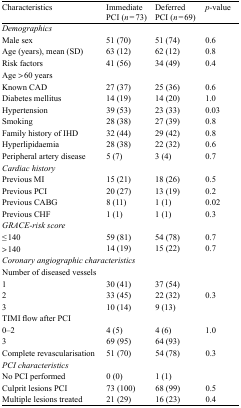
<table><thead><tr><td><b>Characteristics</b></td><td><b>Immediate PCI (<i>n</i> = 73)</b></td><td><b>Deferred PCI (<i>n</i> = 69)</b></td><td><b><i>p-</i> value</b></td></tr></thead><tbody><tr><td colspan="4"><i>Demographics</i></td></tr><tr><td>Male sex</td><td>51 (70)</td><td>51 (74)</td><td>0.6</td></tr><tr><td>Age (years), mean (SD)</td><td>63 (12)</td><td>62 (12)</td><td>0.8</td></tr><tr><td>Risk factors</td><td>41 (56)</td><td>34 (49)</td><td>0.4</td></tr><tr><td colspan="4">Age &gt; 60 years</td></tr><tr><td>Known CAD</td><td>27 (37)</td><td>25 (36)</td><td>0.6</td></tr><tr><td>Diabetes mellitus</td><td>14 (19)</td><td>14 (20)</td><td>1.0</td></tr><tr><td>Hypertension</td><td>39 (53)</td><td>23 (33)</td><td>0.03</td></tr><tr><td>Smoking</td><td>28 (38)</td><td>27 (39)</td><td>0.8</td></tr><tr><td>Family history of IHD</td><td>32 (44)</td><td>29 (42)</td><td>0.8</td></tr><tr><td>Hyperlipidaemia</td><td>28 (38)</td><td>22 (32)</td><td>0.6</td></tr><tr><td>Peripheral artery disease</td><td>5 (7)</td><td>3 (4)</td><td>0.7</td></tr><tr><td colspan="4"><i>Cardiac history</i></td></tr><tr><td>Previous MI</td><td>15 (21)</td><td>18 (26)</td><td>0.5</td></tr><tr><td>Previous PCI</td><td>20 (27)</td><td>13 (19)</td><td>0.2</td></tr><tr><td>Previous CABG</td><td>8 (11)</td><td>1 (1)</td><td>0.02</td></tr><tr><td>Previous CHF</td><td>1 (1)</td><td>1 (1)</td><td>0.3</td></tr><tr><td colspan="4"><i>GRACE-risk score</i></td></tr><tr><td>≤ 140</td><td>59 (81)</td><td>54 (78)</td><td>0.7</td></tr><tr><td>&gt; 140</td><td>14 (19)</td><td>15 (22)</td><td>0.7</td></tr><tr><td colspan="4"><i>Coronary angiographic characteristics</i></td></tr><tr><td>Number of diseased vessels</td><td></td><td></td><td></td></tr><tr><td>1</td><td>30 (41)</td><td>37 (54)</td><td></td></tr><tr><td>2</td><td>33 (45)</td><td>22 (32)</td><td>0.3</td></tr><tr><td>3</td><td>10 (14)</td><td>9 (13)</td><td></td></tr><tr><td colspan="4">TIMI flow after PCI</td></tr><tr><td>0–2</td><td>4 (5)</td><td>4 (6)</td><td>1.0</td></tr><tr><td>3</td><td>69 (95)</td><td>64 (93)</td><td></td></tr><tr><td>Complete revascularisation</td><td>51 (70)</td><td>54 (78)</td><td>0.3</td></tr><tr><td colspan="4"><i>PCI characteristics</i></td></tr><tr><td>No PCI performed</td><td>0 (0)</td><td>1 (1)</td><td></td></tr><tr><td>Culprit lesions PCI</td><td>73 (100)</td><td>68 (99)</td><td>0.5</td></tr><tr><td>Multiple lesions treated</td><td>21 (29)</td><td>16 (23)</td><td>0.4</td></tr></tbody></table>